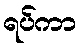
ရပ်ကာ